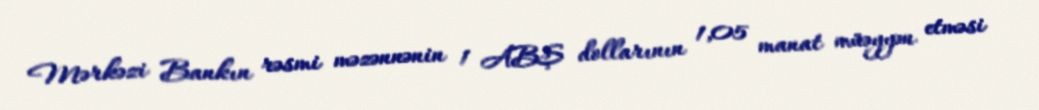
Mərkəzi Bankın rəsmi məzənnənin 1 ABŞ dollarının 1,05 manat müəyyən etməsi